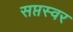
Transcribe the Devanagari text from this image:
सप्तस्वर